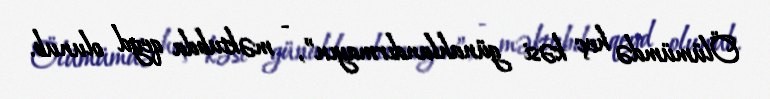
Ölümümdə heç kəsi günahlandırmayın”, - məktubda qeyd olunub.